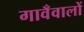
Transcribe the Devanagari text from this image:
गावँवालों